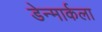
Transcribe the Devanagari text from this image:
डेन्मार्कला